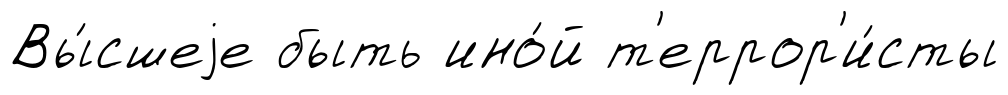
Вы́сшеjе быть ино́й т'еррор'и́сты